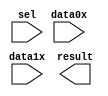
// megafunction wizard: %LPM_MUX%VBB%
// GENERATION: STANDARD
// VERSION: WM1.0
// MODULE: LPM_MUX 

// ============================================================
// Megafunction Name(s):
// 			LPM_MUX
//
// Simulation Library Files(s):
// 			lpm
// ============================================================
// ************************************************************
// THIS IS A WIZARD-GENERATED FILE. DO NOT EDIT THIS FILE!
//
// 21.1.1 Build 850 06/23/2022 SJ Lite Edition
// ************************************************************

//Copyright (C) 2022  Intel Corporation. All rights reserved.
//Your use of Intel Corporation's design tools, logic functions 
//and other software and tools, and any partner logic 
//functions, and any output files from any of the foregoing 
//(including device programming or simulation files), and any 
//associated documentation or information are expressly subject 
//to the terms and conditions of the Intel Program License 
//Subscription Agreement, the Intel Quartus Prime License Agreement,
//the Intel FPGA IP License Agreement, or other applicable license
//agreement, including, without limitation, that your use is for
//the sole purpose of programming logic devices manufactured by
//Intel and sold by Intel or its authorized distributors.  Please
//refer to the applicable agreement for further details, at
//https://fpgasoftware.intel.com/eula.

module mux_OUT (
	data0x,
	data1x,
	sel,
	result);

	input	[9:0]  data0x;
	input	[9:0]  data1x;
	input	  sel;
	output	[9:0]  result;

endmodule

// ============================================================
// CNX file retrieval info
// ============================================================
// Retrieval info: PRIVATE: INTENDED_DEVICE_FAMILY STRING "MAX 10"
// Retrieval info: PRIVATE: SYNTH_WRAPPER_GEN_POSTFIX STRING "0"
// Retrieval info: PRIVATE: new_diagram STRING "1"
// Retrieval info: LIBRARY: lpm lpm.lpm_components.all
// Retrieval info: CONSTANT: LPM_SIZE NUMERIC "2"
// Retrieval info: CONSTANT: LPM_TYPE STRING "LPM_MUX"
// Retrieval info: CONSTANT: LPM_WIDTH NUMERIC "10"
// Retrieval info: CONSTANT: LPM_WIDTHS NUMERIC "1"
// Retrieval info: USED_PORT: data0x 0 0 10 0 INPUT NODEFVAL "data0x[9..0]"
// Retrieval info: USED_PORT: data1x 0 0 10 0 INPUT NODEFVAL "data1x[9..0]"
// Retrieval info: USED_PORT: result 0 0 10 0 OUTPUT NODEFVAL "result[9..0]"
// Retrieval info: USED_PORT: sel 0 0 0 0 INPUT NODEFVAL "sel"
// Retrieval info: CONNECT: @data 0 0 10 0 data0x 0 0 10 0
// Retrieval info: CONNECT: @data 0 0 10 10 data1x 0 0 10 0
// Retrieval info: CONNECT: @sel 0 0 1 0 sel 0 0 0 0
// Retrieval info: CONNECT: result 0 0 10 0 @result 0 0 10 0
// Retrieval info: GEN_FILE: TYPE_NORMAL mux_OUT.v TRUE
// Retrieval info: GEN_FILE: TYPE_NORMAL mux_OUT.inc FALSE
// Retrieval info: GEN_FILE: TYPE_NORMAL mux_OUT.cmp FALSE
// Retrieval info: GEN_FILE: TYPE_NORMAL mux_OUT.bsf TRUE
// Retrieval info: GEN_FILE: TYPE_NORMAL mux_OUT_inst.v FALSE
// Retrieval info: GEN_FILE: TYPE_NORMAL mux_OUT_bb.v TRUE
// Retrieval info: LIB_FILE: lpm